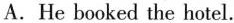
A.He booked the hotel.